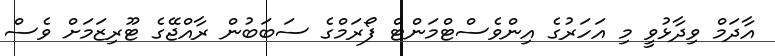
އާާދަމް ވިދާޅުވީ މި އަހަރުގެ އިންވެސްޓްމަންޓް ފޯރަމްގެ ސަބަބުން ރާއްޖޭގެ ޓޫރިޒަމަށް ވެސް